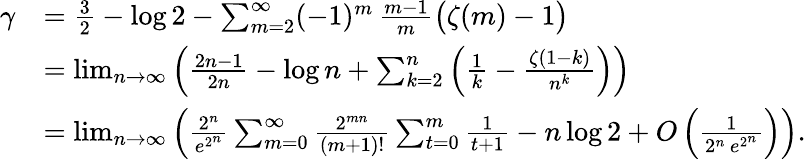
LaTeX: {\begin{array}{rl}{\gamma}&{={\frac{3}{2}}-\log 2-\sum_{m=2}^{\infty}(-1)^{m}\, {\frac{m-1}{m}}{\big(}\zeta(m)-1{\big)}}\\ &{=\operatorname*{lim}_{n\to\infty}\left({\frac{2n-1}{2n}}-\log n+\sum_{k=2}^{n}\left({\frac{1}{k}}-{\frac{\zeta(1-k)}{n^{k}}}\right)\right)}\\ &{=\operatorname*{lim}_{n\to\infty}\left({\frac{2^{n}}{e^{2^{n}}}}\sum_{m=0}^{\infty}{\frac{2^{mn}}{(m+1)!}}\sum_{t=0}^{m}{\frac{1}{t+1}}-n\log 2+O\left({\frac{1}{2^{n}\, e^{2^{n}}}}\right)\right).}\end{array}}